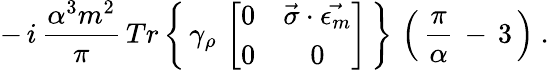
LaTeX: -\, i\, \frac{\alpha^{3}m^{2}}{\pi}\, Tr\left\{ \, \gamma_{\rho}\, \left[\begin{array}{cc}{{0}}&{{\vec{\sigma}\cdot\vec{\epsilon_{m}}}}\\ {{0}}&{{0}}\end{array}\right]\, \right\} \, \left(\, \frac{\pi}{\alpha}\, -\, 3\, \right)\ .